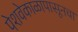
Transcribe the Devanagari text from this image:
पेशवेकाळापासूनचा